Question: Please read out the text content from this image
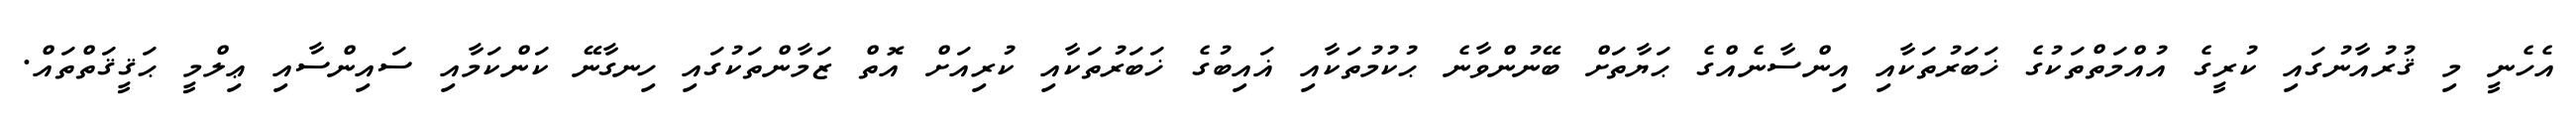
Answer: އެހެނީ މި ޤުރުއާނުގައި ކުރީގެ އުއްމަތްތަކުގެ ޚަބަރުތަކާއި އިންސާނެއްގެ ޙަޔާތަށް ބޭނުންވާނެ ޙުކުމުތަކާއި ޣައިބުގެ ޚަބަރުތަކާއި ކުރިއަށް އޮތް ޒަމާންތަކުގައި ހިނގާނޭ ކަންކަމާއި ސައިންސާއި ޢިލްމީ ޙަޤީޤަތްތައް.